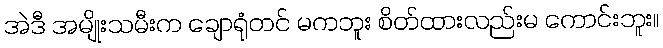
အဲဒီ အမျိုးသမီးက ချောရုံတင် မကဘူး စိတ်ထားလည်းမ ကောင်းဘူး။